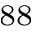
^ { 8 8 }